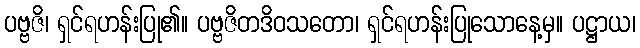
ပဗ္ဗဇိ၊ ရှင်ရဟန်းပြု၏။ ပဗ္ဗဇိတဒိဝသတော၊ ရှင်ရဟန်းပြုသောနေ့မှ။ ပဋ္ဌာယ၊